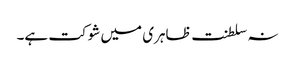
نہ سلطنت ظاہری میں شوکت ہے۔